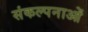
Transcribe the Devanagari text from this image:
संकल्‍पनाओं